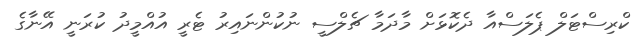
ކްރިސްޓަލް ޕެލަސްއާ ދެކޮޅަށް މާދަމާ ޗެލްސީ ނުކުންނައިރު ޓެރީ އުއްމީދު ކުރަނީ އޭނާގެ